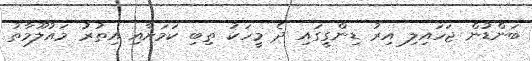
ބަންޑުން ޖަހައިލި އިރު ޑިންގީގައި ދެ މީހަކު ތިބި ކަމަށާއި އިތުރު މައުލޫމާތު